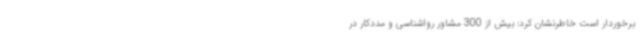
برخوردار است خاطرنشان کرد: بیش از 300 مشاور رواشناسی و مددکار در